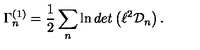
\Gamma _ { n } ^ { ( 1 ) } = { \frac { 1 } { 2 } } \sum _ { n } \ln d e t \left( \ell ^ { 2 } { \cal D } _ { n } \right) .